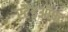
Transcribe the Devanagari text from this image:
स्टैंडऑफ